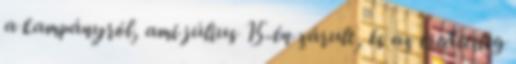
a kampányról, ami július 15-én zárult, és az eredetileg